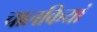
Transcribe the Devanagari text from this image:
चालकियां